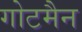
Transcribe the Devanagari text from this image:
गोटमैन